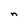
Character: n